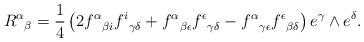
\begin{align*}{R^\alpha}_\beta ={1\over 4} \left(2{f^\alpha}_{\beta i}{f^i}_{\gamma\delta}+{f^\alpha}_{\beta\epsilon}{f^\epsilon}_{\gamma\delta}-{f^\alpha}_{\gamma\epsilon}{f^\epsilon}_{\beta\delta}\right)e^\gamma\wedge e^\delta.\end{align*}